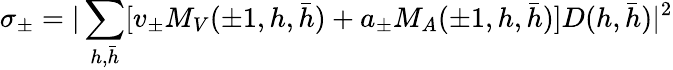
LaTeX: \sigma_{\pm}=\vert\sum_{h,\bar{h}}[v_{\pm}M_{V}(\pm 1,h,\bar{h})+a_{\pm}M_{A}(\pm 1,h,\bar{h})]D(h,\bar{h})\vert^{2}